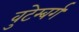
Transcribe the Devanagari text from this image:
वुटेम्बर्ग